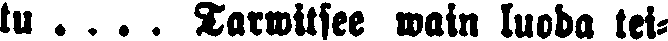
tu . . . . Tarwitsee wain luoda tei-